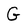
Character: G